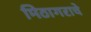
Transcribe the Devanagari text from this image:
मिठागराचे